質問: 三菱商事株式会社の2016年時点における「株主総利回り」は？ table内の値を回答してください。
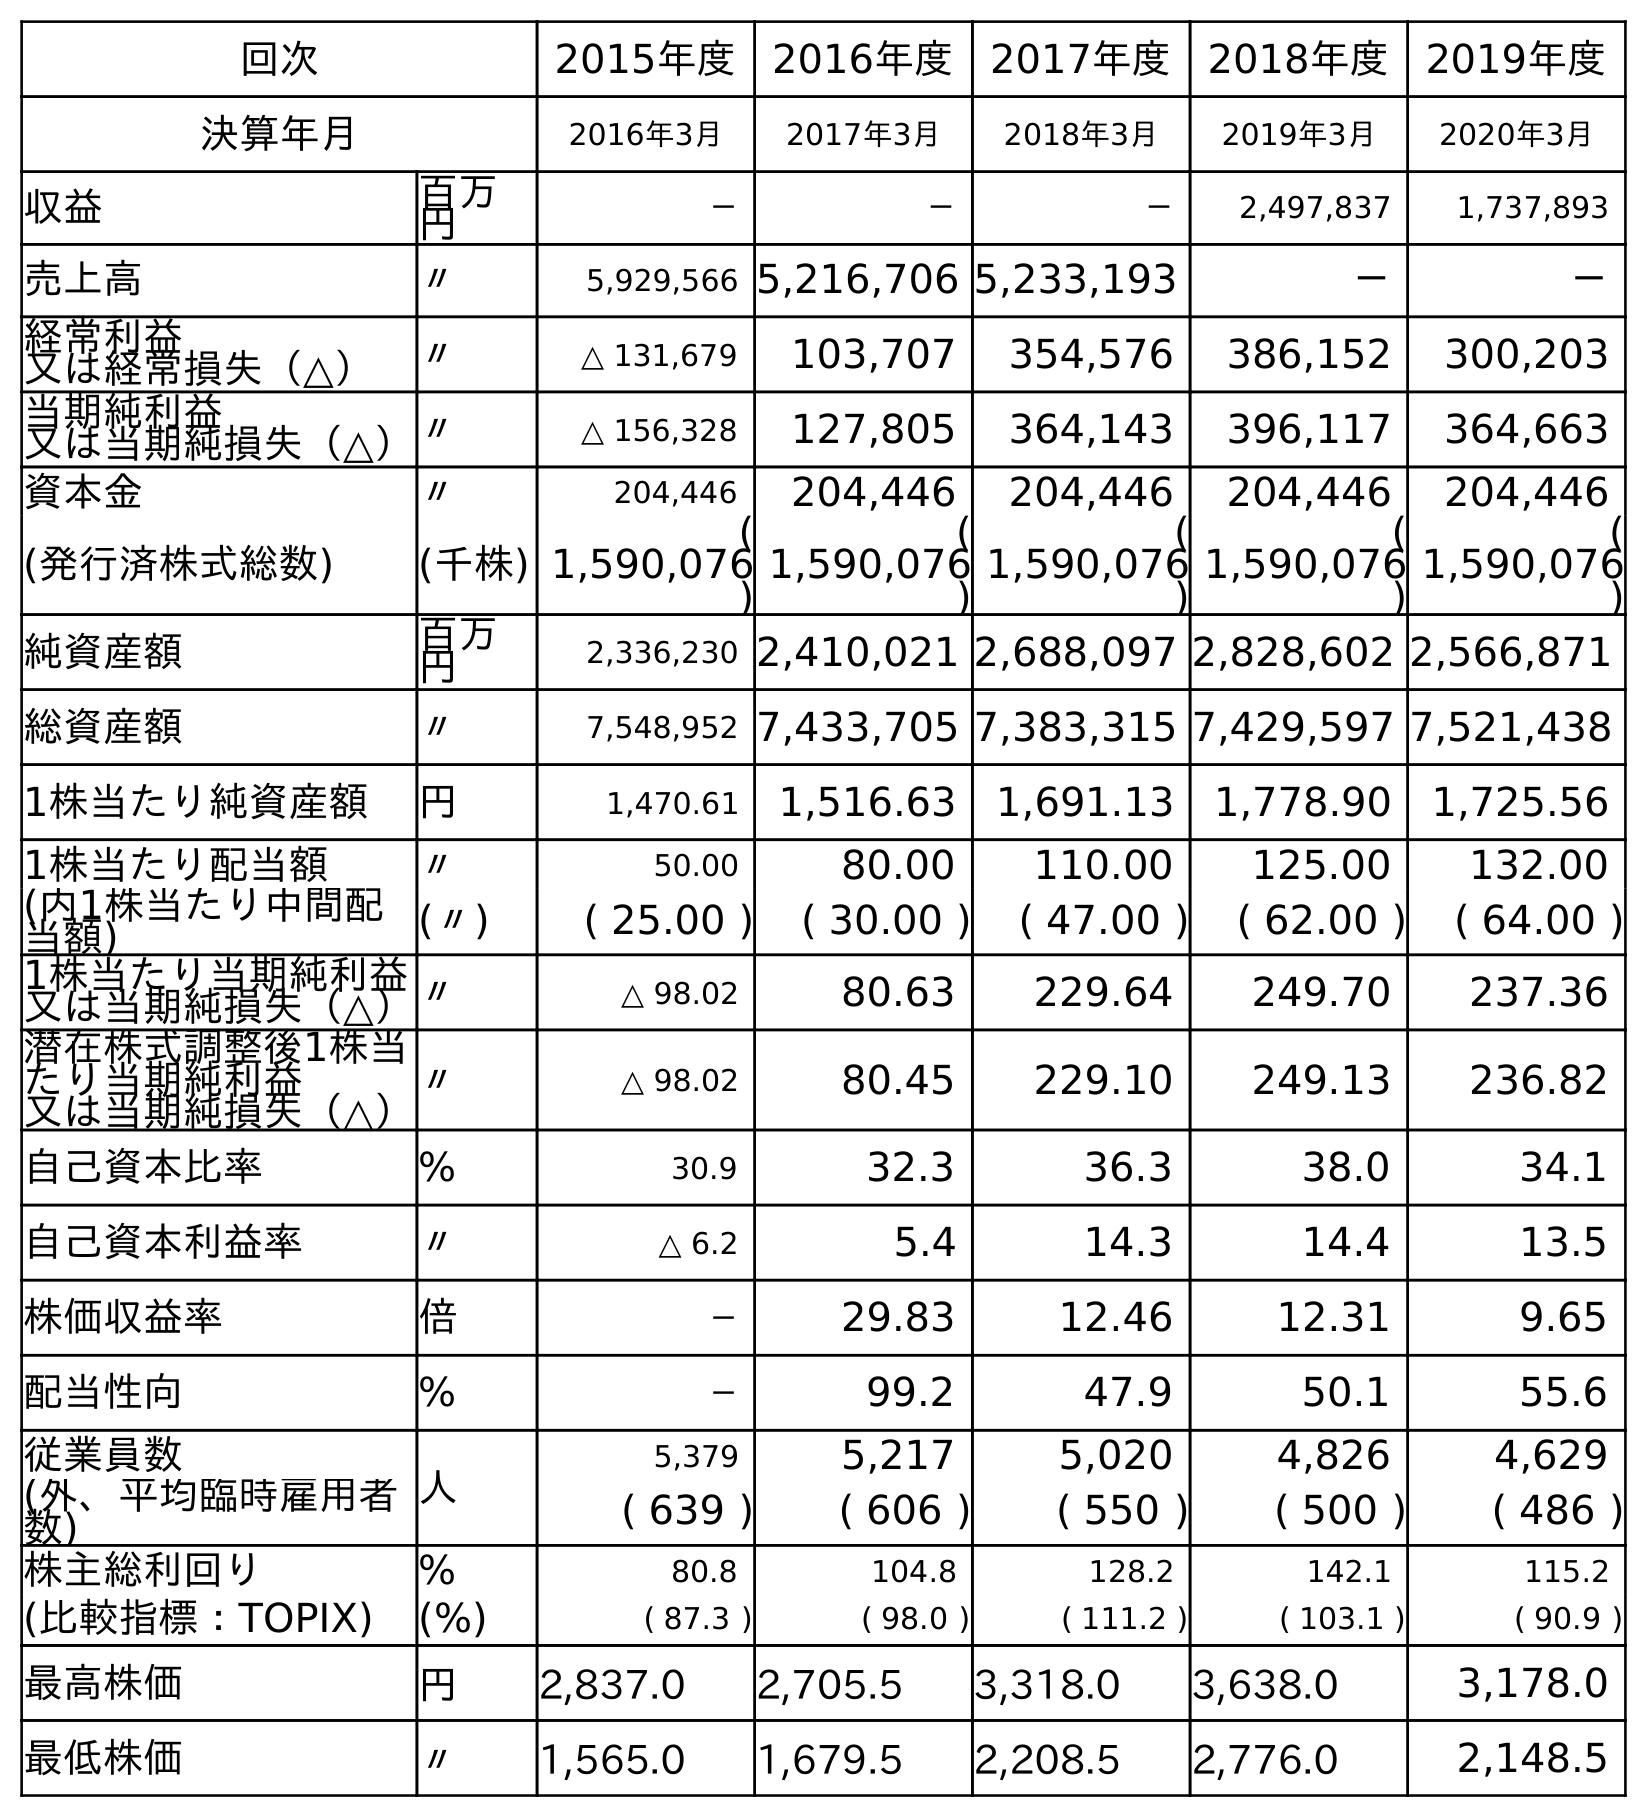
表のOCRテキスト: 回次 2015年度 2016年度 2017年度 2018年度 2019年度 決算年月 2016年3月 2017年3月 2018年3月 2019年3月 2020年3月 収益 百万 円 － － － 2,497,837 1,737,893 売上高 〃 5,929,566 5,216,706 5,233,193 － － 経常利益 又は経常損失（△） 〃 △ 131,679 103,707 354,576 386,152 300,203 当期純利益 又は当期純損失（△）〃 △ 156,328 127,805 364,143 396,117 364,663 資本金 〃 204,446 204,446 204,446 204,446 204,446 (発行済株式総数) (千株) ( 1,590,076 ) ( 1,590,076 ) ( 1,590,076 ) ( 1,590,076 ) ( 1,590,076 ) 純資産額 百万 円 2,336,230 2,410,021 2,688,097 2,828,602 2,566,871 総資産額 〃 7,548,952 7,433,705 7,383,315 7,429,597 7,521,438 1株当たり純資産額 円 1,470.61 1,516.63 1,691.13 1,778.90 1,725.56 1株当たり配当額 〃 50.00 80.00 110.00 125.00 132.00 (内1株当たり中間配 当額) (〃) ( 25.00 ) ( 30.00 ) ( 47.00 ) ( 62.00 ) ( 64.00 ) 1株当たり当期純利益 又は当期純損失（△）〃 △ 98.02 80.63 229.64 249.70 237.36 潜在株式調整後1株当 たり当期純利益 又は当期純損失（△） 〃 △ 98.02 80.45 229.10 249.13 236.82 自己資本比率 % 30.9 32.3 36.3 38.0 34.1 自己資本利益率 〃 △ 6.2 5.4 14.3 14.4 13.5 株価収益率 倍 － 29.83 12.46 12.31 9.65 配当性向 % － 99.2 47.9 50.1 55.6 従業員数 人 5,379 5,217 5,020 4,826 4,629 (外、平均臨時雇用者 数) ( 639 ) ( 606 ) ( 550 ) ( 500 ) ( 486 ) 株主総利回り % 80.8 104.8 128.2 142.1 115.2 (比較指標：TOPIX) (%) ( 87.3 ) ( 98.0 ) ( 111.2 ) ( 103.1 ) ( 90.9 ) 最高株価 円 2,837.0 2,705.5 3,318.0 3,638.0 3,178.0 最低株価 〃 1,565.0 1,679.5 2,208.5 2,776.0 2,148.5
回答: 80.8